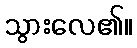
သွားလေ၏။